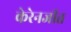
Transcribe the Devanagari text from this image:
केरेनजीत